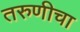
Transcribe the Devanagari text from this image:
तरुणीचा